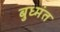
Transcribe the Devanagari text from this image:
बुध्मंत